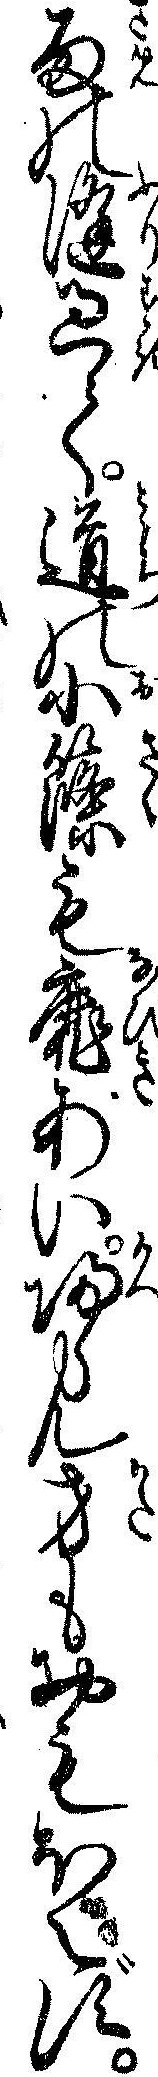
雨の降過て道の小篠も靡あい帰らん方もおもほえず